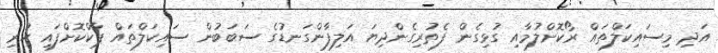
އަދި މިސައިކަލްތައް ރޯކޮށްލުމާއި ގުޅިގެން ފެތުރިގެންދިޔަ އަލިފާންގަނޑުގެ ސަބަބުން ސައިކަލްތައް ޕާކްކޮށްފައި ހުރި